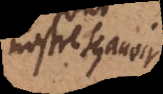
nostre sçavoir